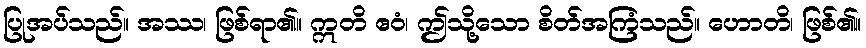
ပြုအပ်သည်။ အဿ၊ ဖြစ်ရာ၏။ ဣတိ ဧဝံ၊ ဤသို့သော စိတ်အကြံသည်။ ဟောတိ၊ ဖြစ်၏။